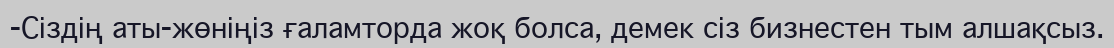
-Сіздің аты-жөніңіз ғаламторда жоқ болса, демек сіз бизнестен тым алшақсыз.